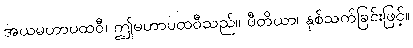
အယမဟာပထဝီ၊ ဤမဟာပထဝီသည်။ ပီတိယာ၊ နှစ်သက်ခြင်းဖြင့်။